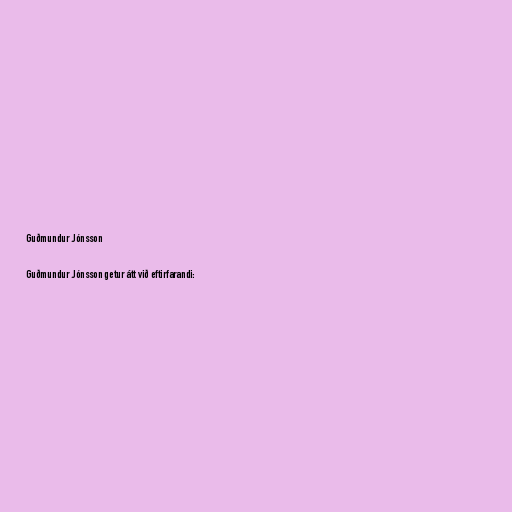
Guðmundur Jónsson

Guðmundur Jónsson getur átt við eftirfarandi: